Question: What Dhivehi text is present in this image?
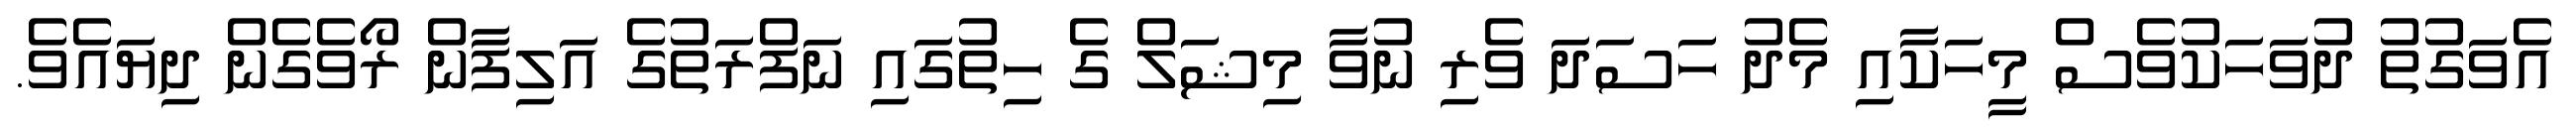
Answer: އެވަގުތު ދުވަހަކުވެސް މީހަކާއި މެދު ހަސަދަ ވެރި ނުވާ މިޝަލް ގެ ހިތުގައި ނަފްރަތުގެ އަލިފާން ރޯވެގެން ދިޔައެވެ.